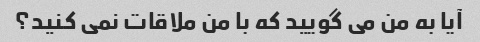
آیا به من می گویید که با من ملاقات نمی کنید؟